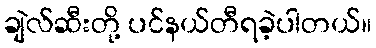
ချဲလ်ဆီးတို့ ပင်နယ်တီရခဲ့ပါတယ်။